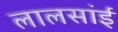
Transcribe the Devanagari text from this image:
लालसांई